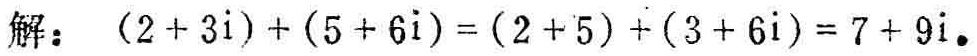
解：\((2 + 3i)+(5 + 6i)=(2 + 5)+(3 + 6i)=7 + 9i\)。